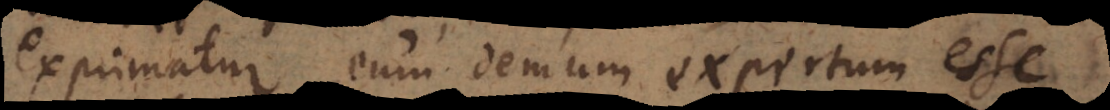
exprimatur eum demum expertum esse